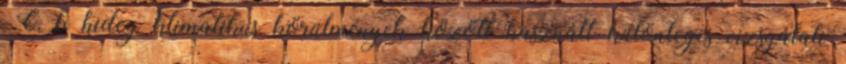
°C, b hideg klimatikus körülmények között használt különleges vizsgálati